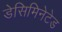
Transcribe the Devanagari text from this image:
डेसिमिनेटेड